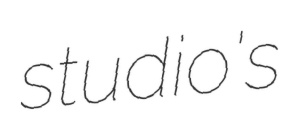
studio's